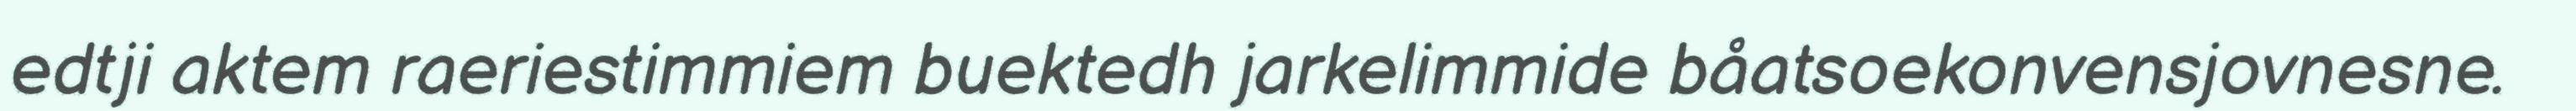
edtji aktem raeriestimmiem buektedh jarkelimmide båatsoekonvensjovnesne.